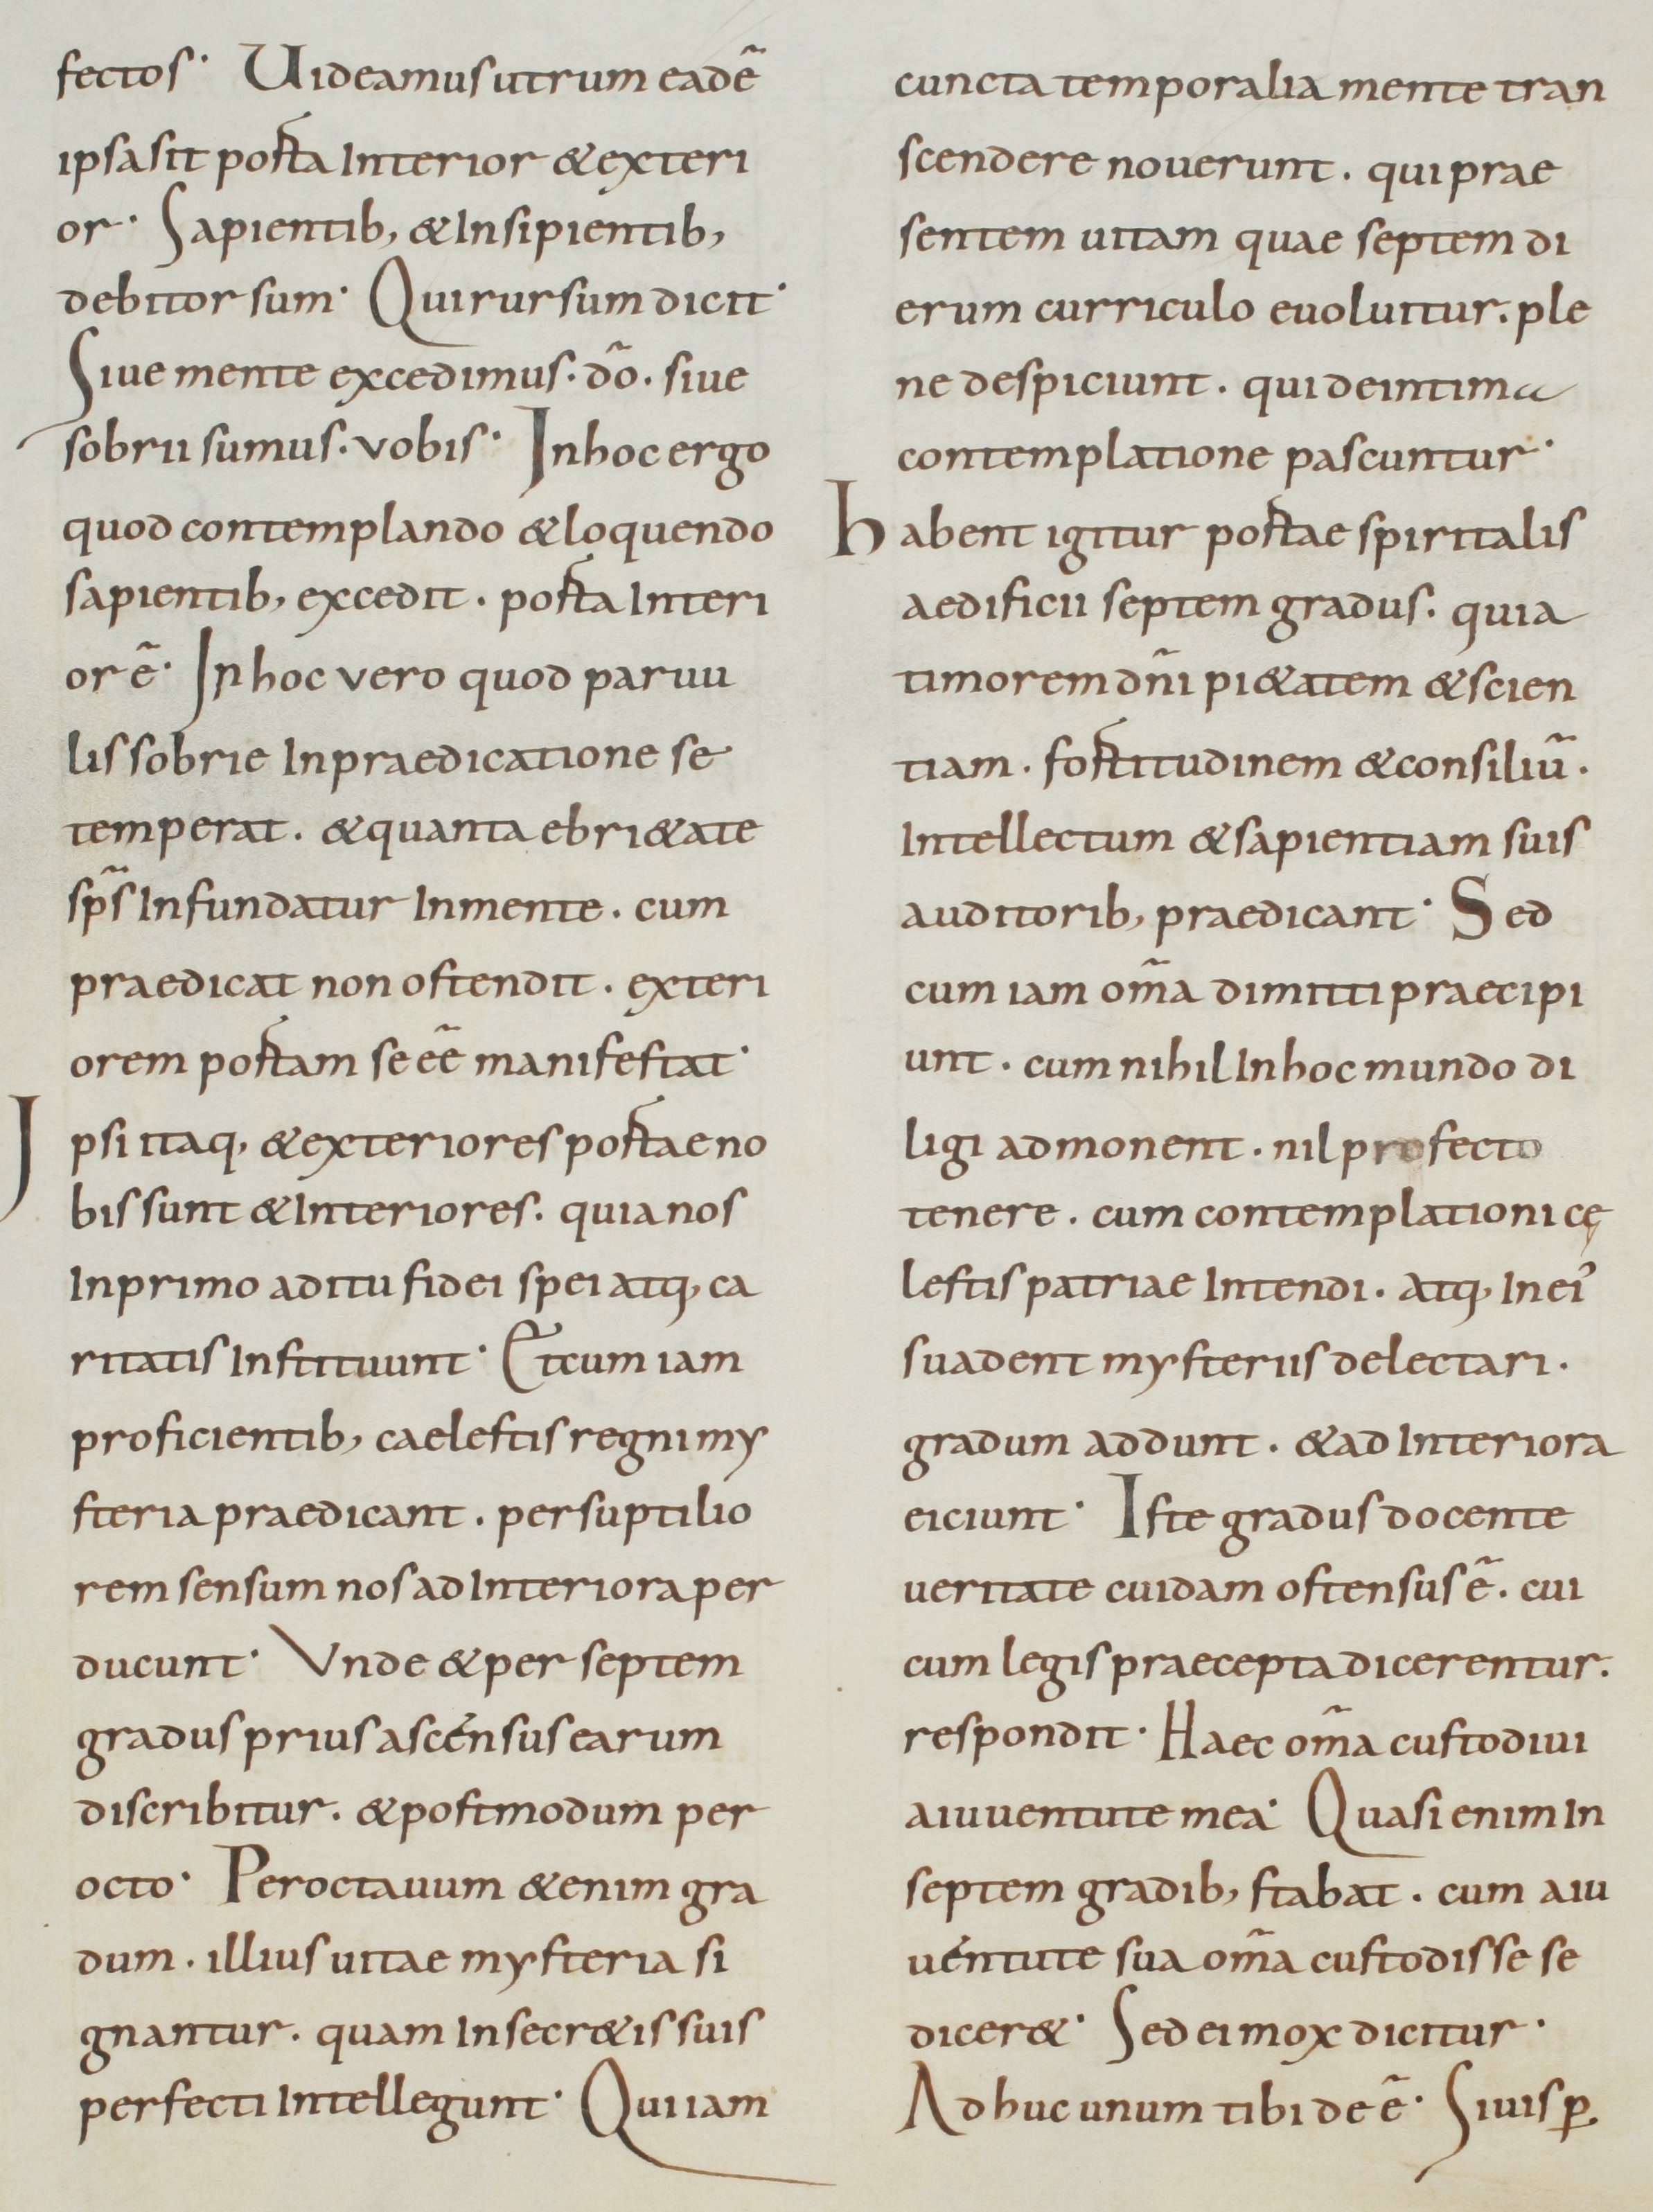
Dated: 800–899